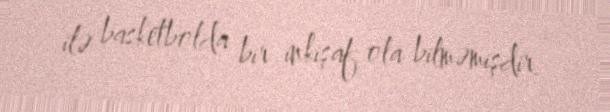
ilə basketbolda bir inkişaf ola bilməmişdir.